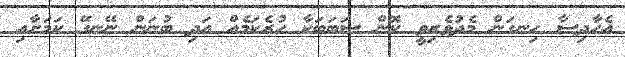
އެހާދިސާ ހިނގަން މެދުވެރިވީ ކޮން ސަބަބަކާ ހުރެކަމެއް އަދި ބުނަން ނޭނގޭ ކަމަށާއި